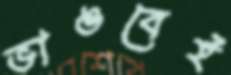
ভাঙবেই